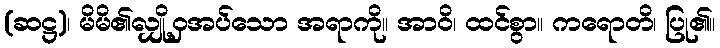
(ဆဋ္ဌ)၊ မိမိ၏လျှို့ဝှအပ်သော အရာကို။ အာဝိ၊ ထင်စွာ။ ကရောတိ၊ ပြု၏။